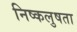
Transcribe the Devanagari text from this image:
निष्कलुषता